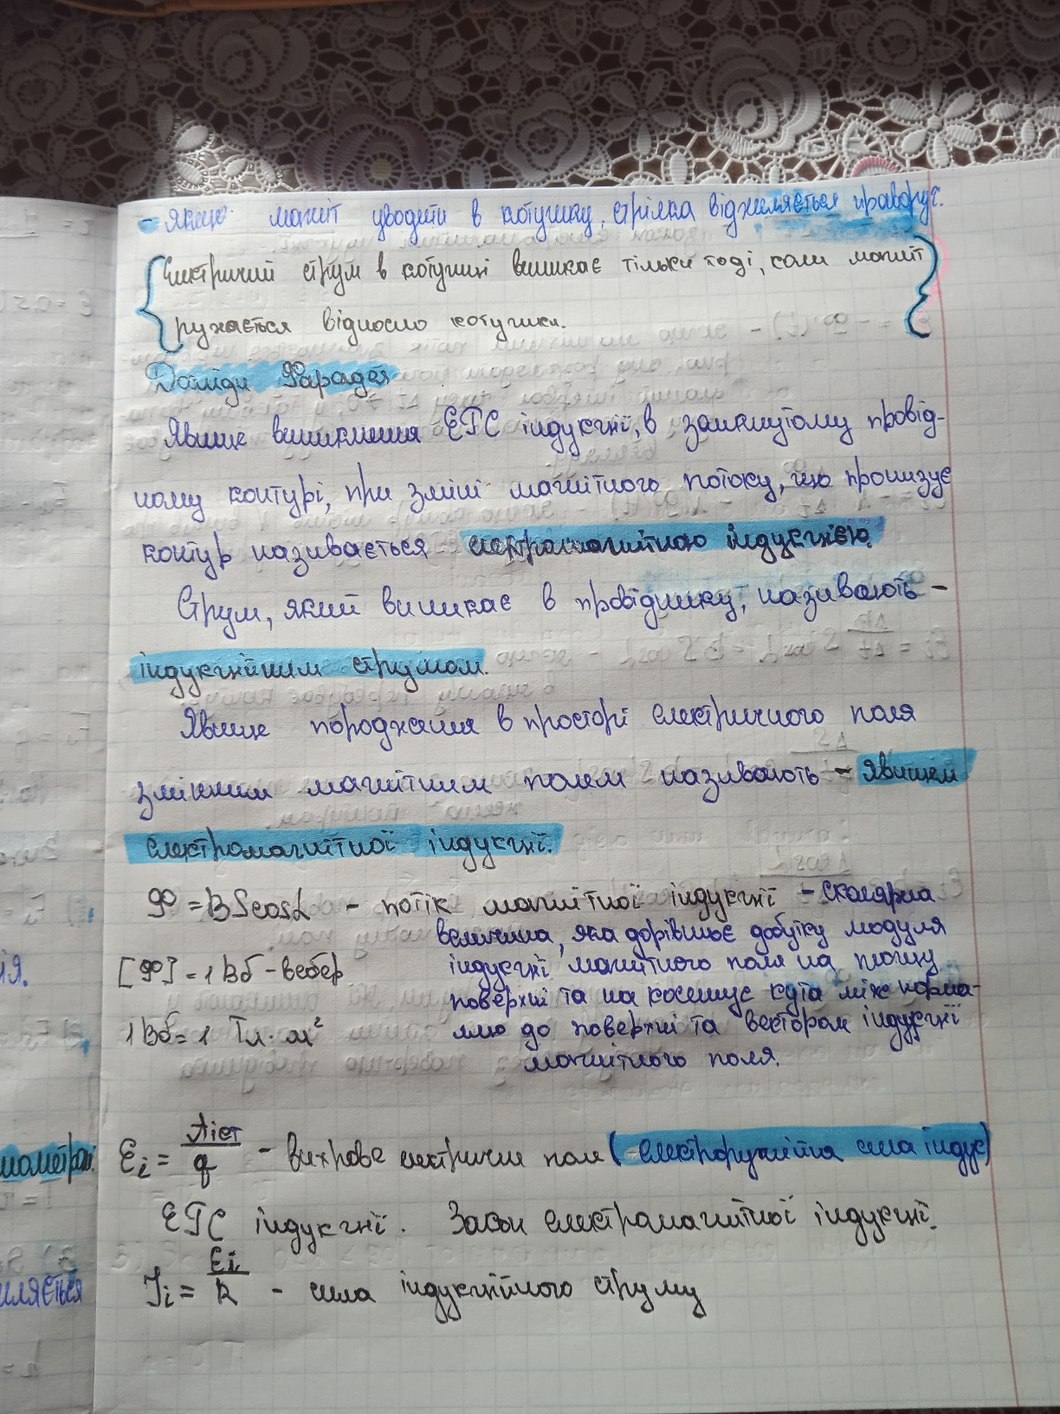
- Якщо магніт уводити в котушку, стрілка відхиляється праворуч.
{ Електричний струм в котушці виникає тільки тоді, коли магніт }
{ рухається відносно котушки. }
Досліди Фарадея
Явище виникнення ЕРС індукції, в замкнутому провід-
ному контурі, при зміні магнітного потоку, що пронизує
контур називається електромагнітною індукцією.
Струм, який виникає в провіднику, називають -
індукційним струмом.
Явище породження в просторі електричного поля
змінним магнітним полем називають - явищем
електромагнітної індукції.
φ = B S cos α - потік магнітної індукції - скалярна
величина, яка дорівнює добутку модуля
індукції магнітного поля на площу
[Ф] = 1 Вб - вебер
поверхні та на косинус кута між норма-
ллю до поверхні та векторам індукції
1 Вб = 1 Тл · м^2
магнітного поля.
Еі = Aіст / q - вихрове електричне поле (електрорушійна сила індук)
ЕРС індукції. Закон електромагнітної індукції.
Ii = Ei / R - сила індукційного струму